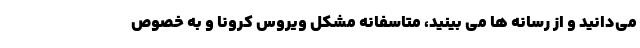
می‌دانید و از رسانه ها می بینید، متاسفانه مشکل ویروس کرونا و به خصوص